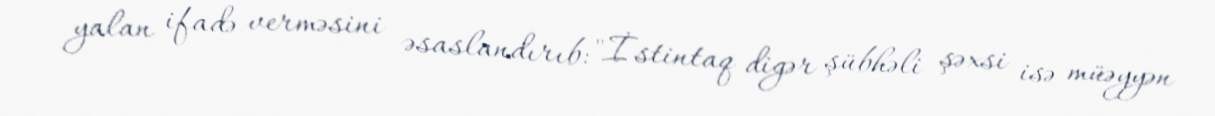
yalan ifadə verməsini əsaslandırıb: "İstintaq digər şübhəli şəxsi isə müəyyən